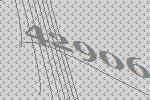
42906